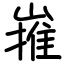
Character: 嶊